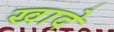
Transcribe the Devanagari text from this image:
खादे